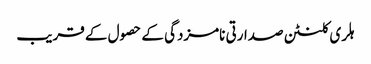
ہلری کلنٹن صدارتی نامزدگی کے حصول کے قریب